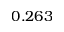
0 . 2 6 3